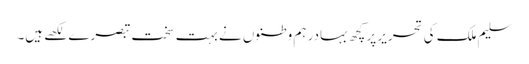
سلیم ملک کی تحریر پر کچھ بہادر ہم وطنوں نے بہت سخت تبصرے لکھے ہیں۔